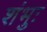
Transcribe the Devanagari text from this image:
शंभुः